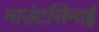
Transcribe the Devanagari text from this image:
माउंटसिनाई